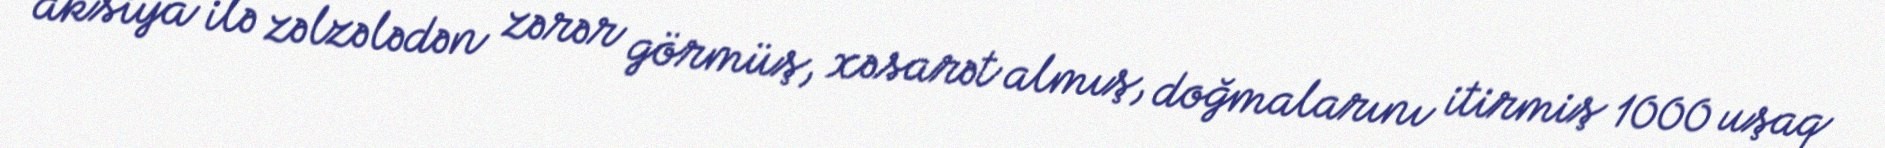
aksiya ilə zəlzələdən zərər görmüş, xəsarət almış, doğmalarını itirmiş 1000 uşaq